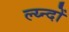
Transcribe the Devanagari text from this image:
ल्य्न्दों